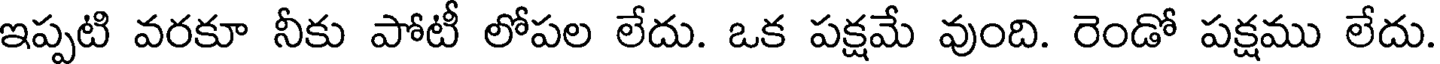
ఇప్పటి వరకూ నీకు పోటీ లోపల లేదు. ఒక పక్షమే వుంది. రెండో పక్షము లేదు